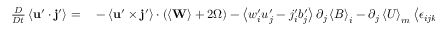
\begin{array} { r l } { \frac { D } { D t } \left\langle \mathbf { u } ^ { \prime } \cdot \mathbf { j } ^ { \prime } \right\rangle = } & { { } - \left\langle \mathbf { u } ^ { \prime } \times \mathbf { j } ^ { \prime } \right\rangle \cdot \left( \left\langle \mathbf { W } \right\rangle + 2 \boldsymbol { \Omega } \right) - \left\langle w _ { i } ^ { \prime } u _ { j } ^ { \prime } - j _ { i } ^ { \prime } b _ { j } ^ { \prime } \right\rangle \partial _ { j } \left\langle B \right\rangle _ { i } - \partial _ { j } \left\langle U \right\rangle _ { m } \left\langle \epsilon _ { i j k } u _ { i } ^ { \prime } \partial _ { m } b _ { k } ^ { \prime } \right\rangle } \end{array}